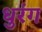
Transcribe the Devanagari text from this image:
धुरंग